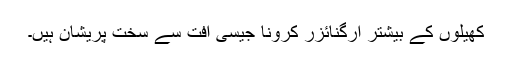
کھیلوں کے بیشتر آرگنائزر کرونا جیسی افت سے سخت پریشان ہیں۔